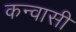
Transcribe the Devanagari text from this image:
कन्वासी